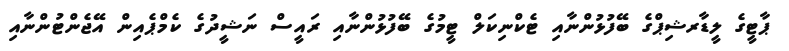
ޕާޓީގެ ލީޑާރޝިޕްގެ ބޭފުޅުންނާއި ޓެކްނިކަލް ޓީމުގެ ބޭފުޅުންނާއި ރައީސް ނަޝީދުގެ ކެމްޕެއިން އޭޖެންޓުންނާއި